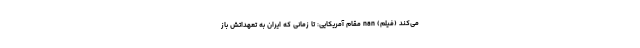
می‌کند (فیلم) nan مقام آمریکایی: تا زمانی که ایران به تعهداتش باز